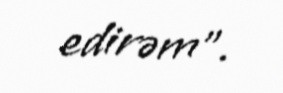
edirəm".